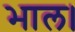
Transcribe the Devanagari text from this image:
भाल।